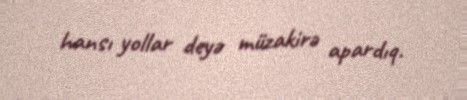
hansı yollar deyə müzakirə apardıq.